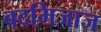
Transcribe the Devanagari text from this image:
बदमिजाज